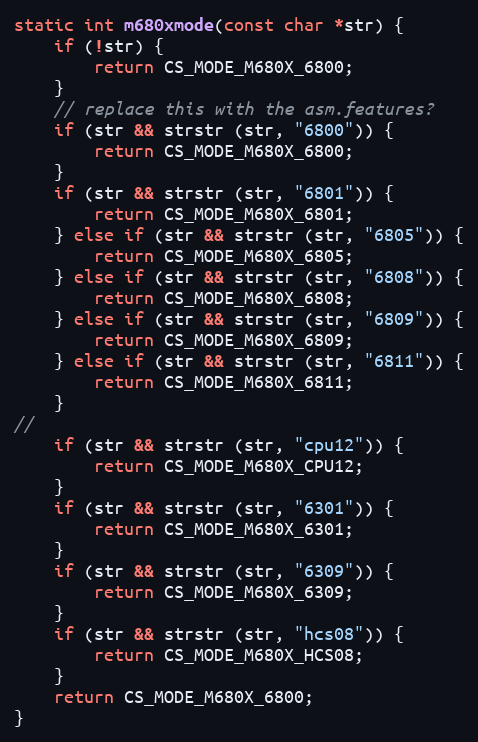
Language: C
static int m680xmode(const char *str) {
	if (!str) {
		return CS_MODE_M680X_6800;
	}
	// replace this with the asm.features?
	if (str && strstr (str, "6800")) {
		return CS_MODE_M680X_6800;
	}
	if (str && strstr (str, "6801")) {
		return CS_MODE_M680X_6801;
	} else if (str && strstr (str, "6805")) {
		return CS_MODE_M680X_6805;
	} else if (str && strstr (str, "6808")) {
		return CS_MODE_M680X_6808;
	} else if (str && strstr (str, "6809")) {
		return CS_MODE_M680X_6809;
	} else if (str && strstr (str, "6811")) {
		return CS_MODE_M680X_6811;
	}
//
	if (str && strstr (str, "cpu12")) {
		return CS_MODE_M680X_CPU12;
	}
	if (str && strstr (str, "6301")) {
		return CS_MODE_M680X_6301;
	}
	if (str && strstr (str, "6309")) {
		return CS_MODE_M680X_6309;
	}
	if (str && strstr (str, "hcs08")) {
		return CS_MODE_M680X_HCS08;
	}
	return CS_MODE_M680X_6800;
}